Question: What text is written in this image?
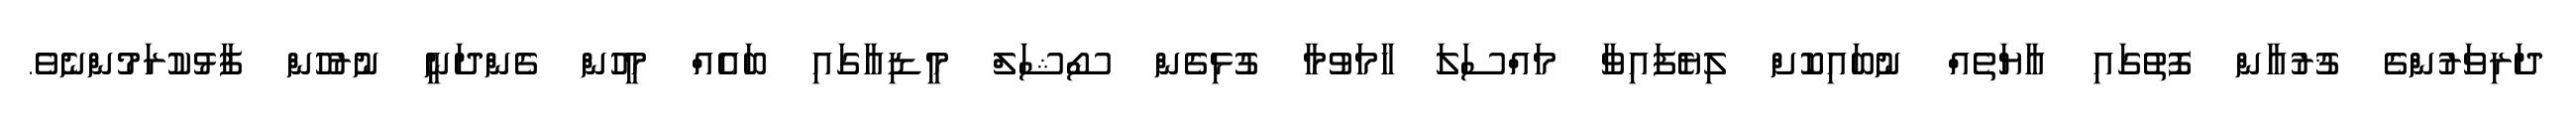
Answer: ދަރިވަރުންގެ ޤުރުއާން ފޮތުގައި އާޔަތެއް ނުބައިކޮށް ލިޔެފައިވާ މައްސަލަ ހާމަވުމާ ގުޅިގެން ސޯޝަލް މީޑިއާގައި ބައެއް މީހުން ގެންދަނީ ނުރުހުން ފާޅުކުރަމުންނެވެ.